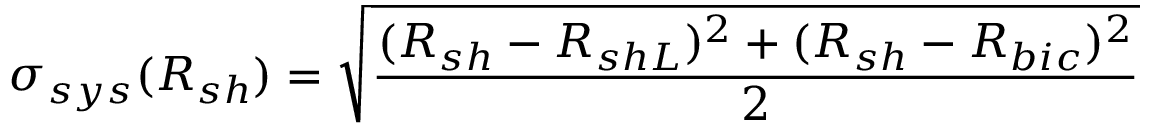
\sigma _ { s y s } ( R _ { s h } ) = \sqrt { \frac { ( R _ { s h } - R _ { s h L } ) ^ { 2 } + ( R _ { s h } - R _ { b i c } ) ^ { 2 } } { 2 } }